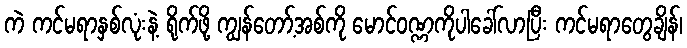
ကဲ ကင်မရာနှစ်လုံးနဲ့ ရိုက်ဖို့ ကျွန်တော့်အစ်ကို မောင်ဝဏ္ဏကိုပါခေါ်လာပြီး ကင်မရာတွေချိန်၊